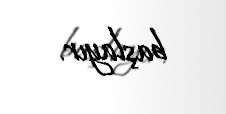
başlayır.